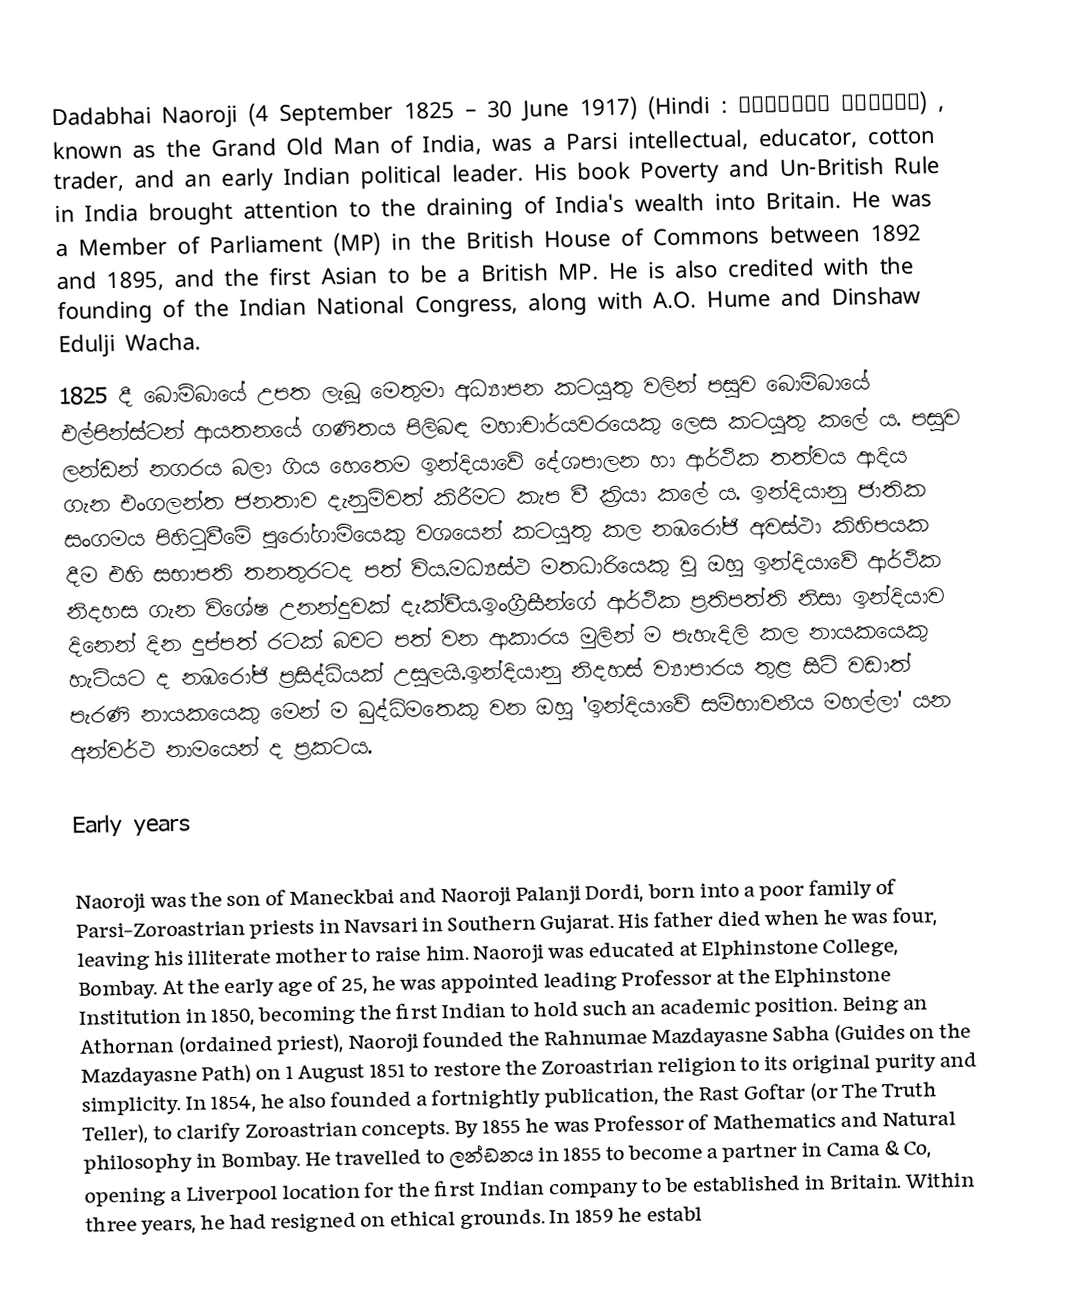
Dadabhai Naoroji (4 September 1825 – 30 June 1917) (Hindi : दादाभाई नौरोजी) , known as the Grand Old Man of India, was a Parsi intellectual, educator, cotton trader, and an early Indian political leader. His book Poverty and Un-British Rule in India brought attention to the draining of India's wealth into Britain. He was a Member of Parliament (MP) in the British House of Commons between 1892 and 1895, and the first Asian to be a British MP. He is also credited with the founding of the Indian National Congress, along with A.O. Hume and Dinshaw Edulji Wacha.
1825 දී බොම්බායේ උපත ලැබූ මෙතුමා අධ්‍යාපන කටයුතු වලින් පසුව බොම්බායේ එල්පින්ස්ටන් ආයතනයේ ගණිතය පිලිබඳ මහාචාර්යවරයෙකු ලෙස කටයුතු කලේ ය. පසුව ලන්ඩන් නගරය බලා ගිය හෙතෙම ඉන්දියාවේ දේශපාලන හා ආර්ථික තත්වය ආදිය ගැන එංගලන්ත ජනතාව දැනුම්වත් කිරීමට කැප වී ක්‍රියා කලේ ය. ඉන්දියානු ජාතික සංගමය පිහිටුවීමේ පුරෝගාමියෙකු වශයෙන් කටයුතු කල නඹරෝජි අවස්ථා කිහිපයක දීම එහි සභාපති තනතුරටද පත් විය.මධ්‍යස්ථ මතධාරියෙකු වූ ඔහු ඉන්දියාවේ ආර්ථික නිදහස ගැන විශේෂ උනන්දුවක් දැක්වීය.ඉංග්‍රීසීන්ගේ ආර්ථික ප්‍රතිපත්ති නිසා ඉන්දියාව දිනෙන් දින දුප්පත් රටක් බවට පත් වන ආකාරය මුලින් ම පැහැදිලි කල නායකයෙකු හැටියට ද නඹරෝජි ප්‍රසිද්ධියක් උසුලයි.ඉන්දියානු නිදහස් ව්‍යාපාරය තුළ සිටි වඩාත් පැරණි නායකයෙකු මෙන් ම බුද්ධිමතෙකු වන ඔහු 'ඉන්දියාවේ සම්භාවනීය මහල්ලා' යන අන්වර්ථ නාමයෙන් ද ප්‍රකටය.

Early years

Naoroji was the son of Maneckbai and Naoroji Palanji Dordi, born into a poor family of Parsi-Zoroastrian priests in Navsari in Southern Gujarat. His father died when he was four, leaving his illiterate mother to raise him. Naoroji was educated at Elphinstone College, Bombay. At the early age of 25, he was appointed leading Professor at the Elphinstone Institution in 1850, becoming the first Indian to hold such an academic  position. Being an Athornan (ordained priest), Naoroji founded the Rahnumae Mazdayasne Sabha (Guides on the Mazdayasne Path) on 1 August 1851 to restore the Zoroastrian religion to its original purity and simplicity. In 1854, he also founded a fortnightly publication, the Rast Goftar (or The Truth Teller), to clarify Zoroastrian concepts. By 1855 he was Professor of Mathematics and Natural philosophy in Bombay. He travelled to ලන්ඩනය in 1855 to become a partner in Cama & Co, opening a Liverpool location for the first Indian company to be established in Britain. Within three years, he had resigned on ethical grounds. In 1859 he establ